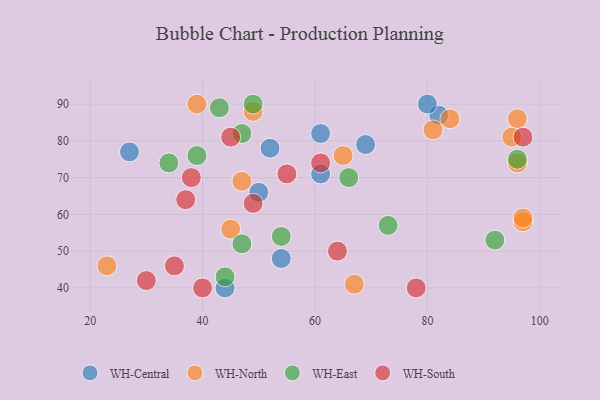
{"axis": {"x": "GDP", "y": "Life Expectancy"}, "legend": ["WH-Central", "WH-East", "WH-North", "WH-South"], "data": [{"x": "27", "y": 77, "type": "WH-Central"}, {"x": "61", "y": 82, "type": "WH-Central"}, {"x": "44", "y": 40, "type": "WH-Central"}, {"x": "52", "y": 78, "type": "WH-Central"}, {"x": "50", "y": 66, "type": "WH-Central"}, {"x": "54", "y": 48, "type": "WH-Central"}, {"x": "69", "y": 79, "type": "WH-Central"}, {"x": "82", "y": 87, "type": "WH-Central"}, {"x": "61", "y": 71, "type": "WH-Central"}, {"x": "80", "y": 90, "type": "WH-Central"}, {"x": "47", "y": 69, "type": "WH-North"}, {"x": "96", "y": 86, "type": "WH-North"}, {"x": "67", "y": 41, "type": "WH-North"}, {"x": "23", "y": 46, "type": "WH-North"}, {"x": "39", "y": 90, "type": "WH-North"}, {"x": "45", "y": 56, "type": "WH-North"}, {"x": "97", "y": 58, "type": "WH-North"}, {"x": "65", "y": 76, "type": "WH-North"}, {"x": "97", "y": 59, "type": "WH-North"}, {"x": "81", "y": 83, "type": "WH-North"}, {"x": "95", "y": 81, "type": "WH-North"}, {"x": "49", "y": 88, "type": "WH-North"}, {"x": "96", "y": 74, "type": "WH-North"}, {"x": "84", "y": 86, "type": "WH-North"}, {"x": "43", "y": 89, "type": "WH-East"}, {"x": "92", "y": 53, "type": "WH-East"}, {"x": "66", "y": 70, "type": "WH-East"}, {"x": "44", "y": 43, "type": "WH-East"}, {"x": "54", "y": 54, "type": "WH-East"}, {"x": "73", "y": 57, "type": "WH-East"}, {"x": "34", "y": 74, "type": "WH-East"}, {"x": "47", "y": 52, "type": "WH-East"}, {"x": "47", "y": 82, "type": "WH-East"}, {"x": "39", "y": 76, "type": "WH-East"}, {"x": "96", "y": 75, "type": "WH-East"}, {"x": "49", "y": 90, "type": "WH-East"}, {"x": "40", "y": 40, "type": "WH-South"}, {"x": "97", "y": 81, "type": "WH-South"}, {"x": "55", "y": 71, "type": "WH-South"}, {"x": "38", "y": 70, "type": "WH-South"}, {"x": "30", "y": 42, "type": "WH-South"}, {"x": "35", "y": 46, "type": "WH-South"}, {"x": "49", "y": 63, "type": "WH-South"}, {"x": "78", "y": 40, "type": "WH-South"}, {"x": "64", "y": 50, "type": "WH-South"}, {"x": "37", "y": 64, "type": "WH-South"}, {"x": "61", "y": 74, "type": "WH-South"}, {"x": "45", "y": 81, "type": "WH-South"}]}